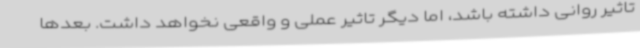
تاثیر روانی داشته باشد، اما دیگر تاثیر عملی و واقعی نخواهد داشت. بعدها